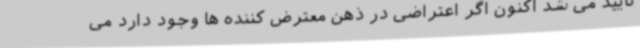
تایید می شد اکنون اگر اعتراضی در ذهن معترض کننده ها وجود دارد می